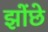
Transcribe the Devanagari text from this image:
झोंछे